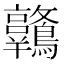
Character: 𪈋